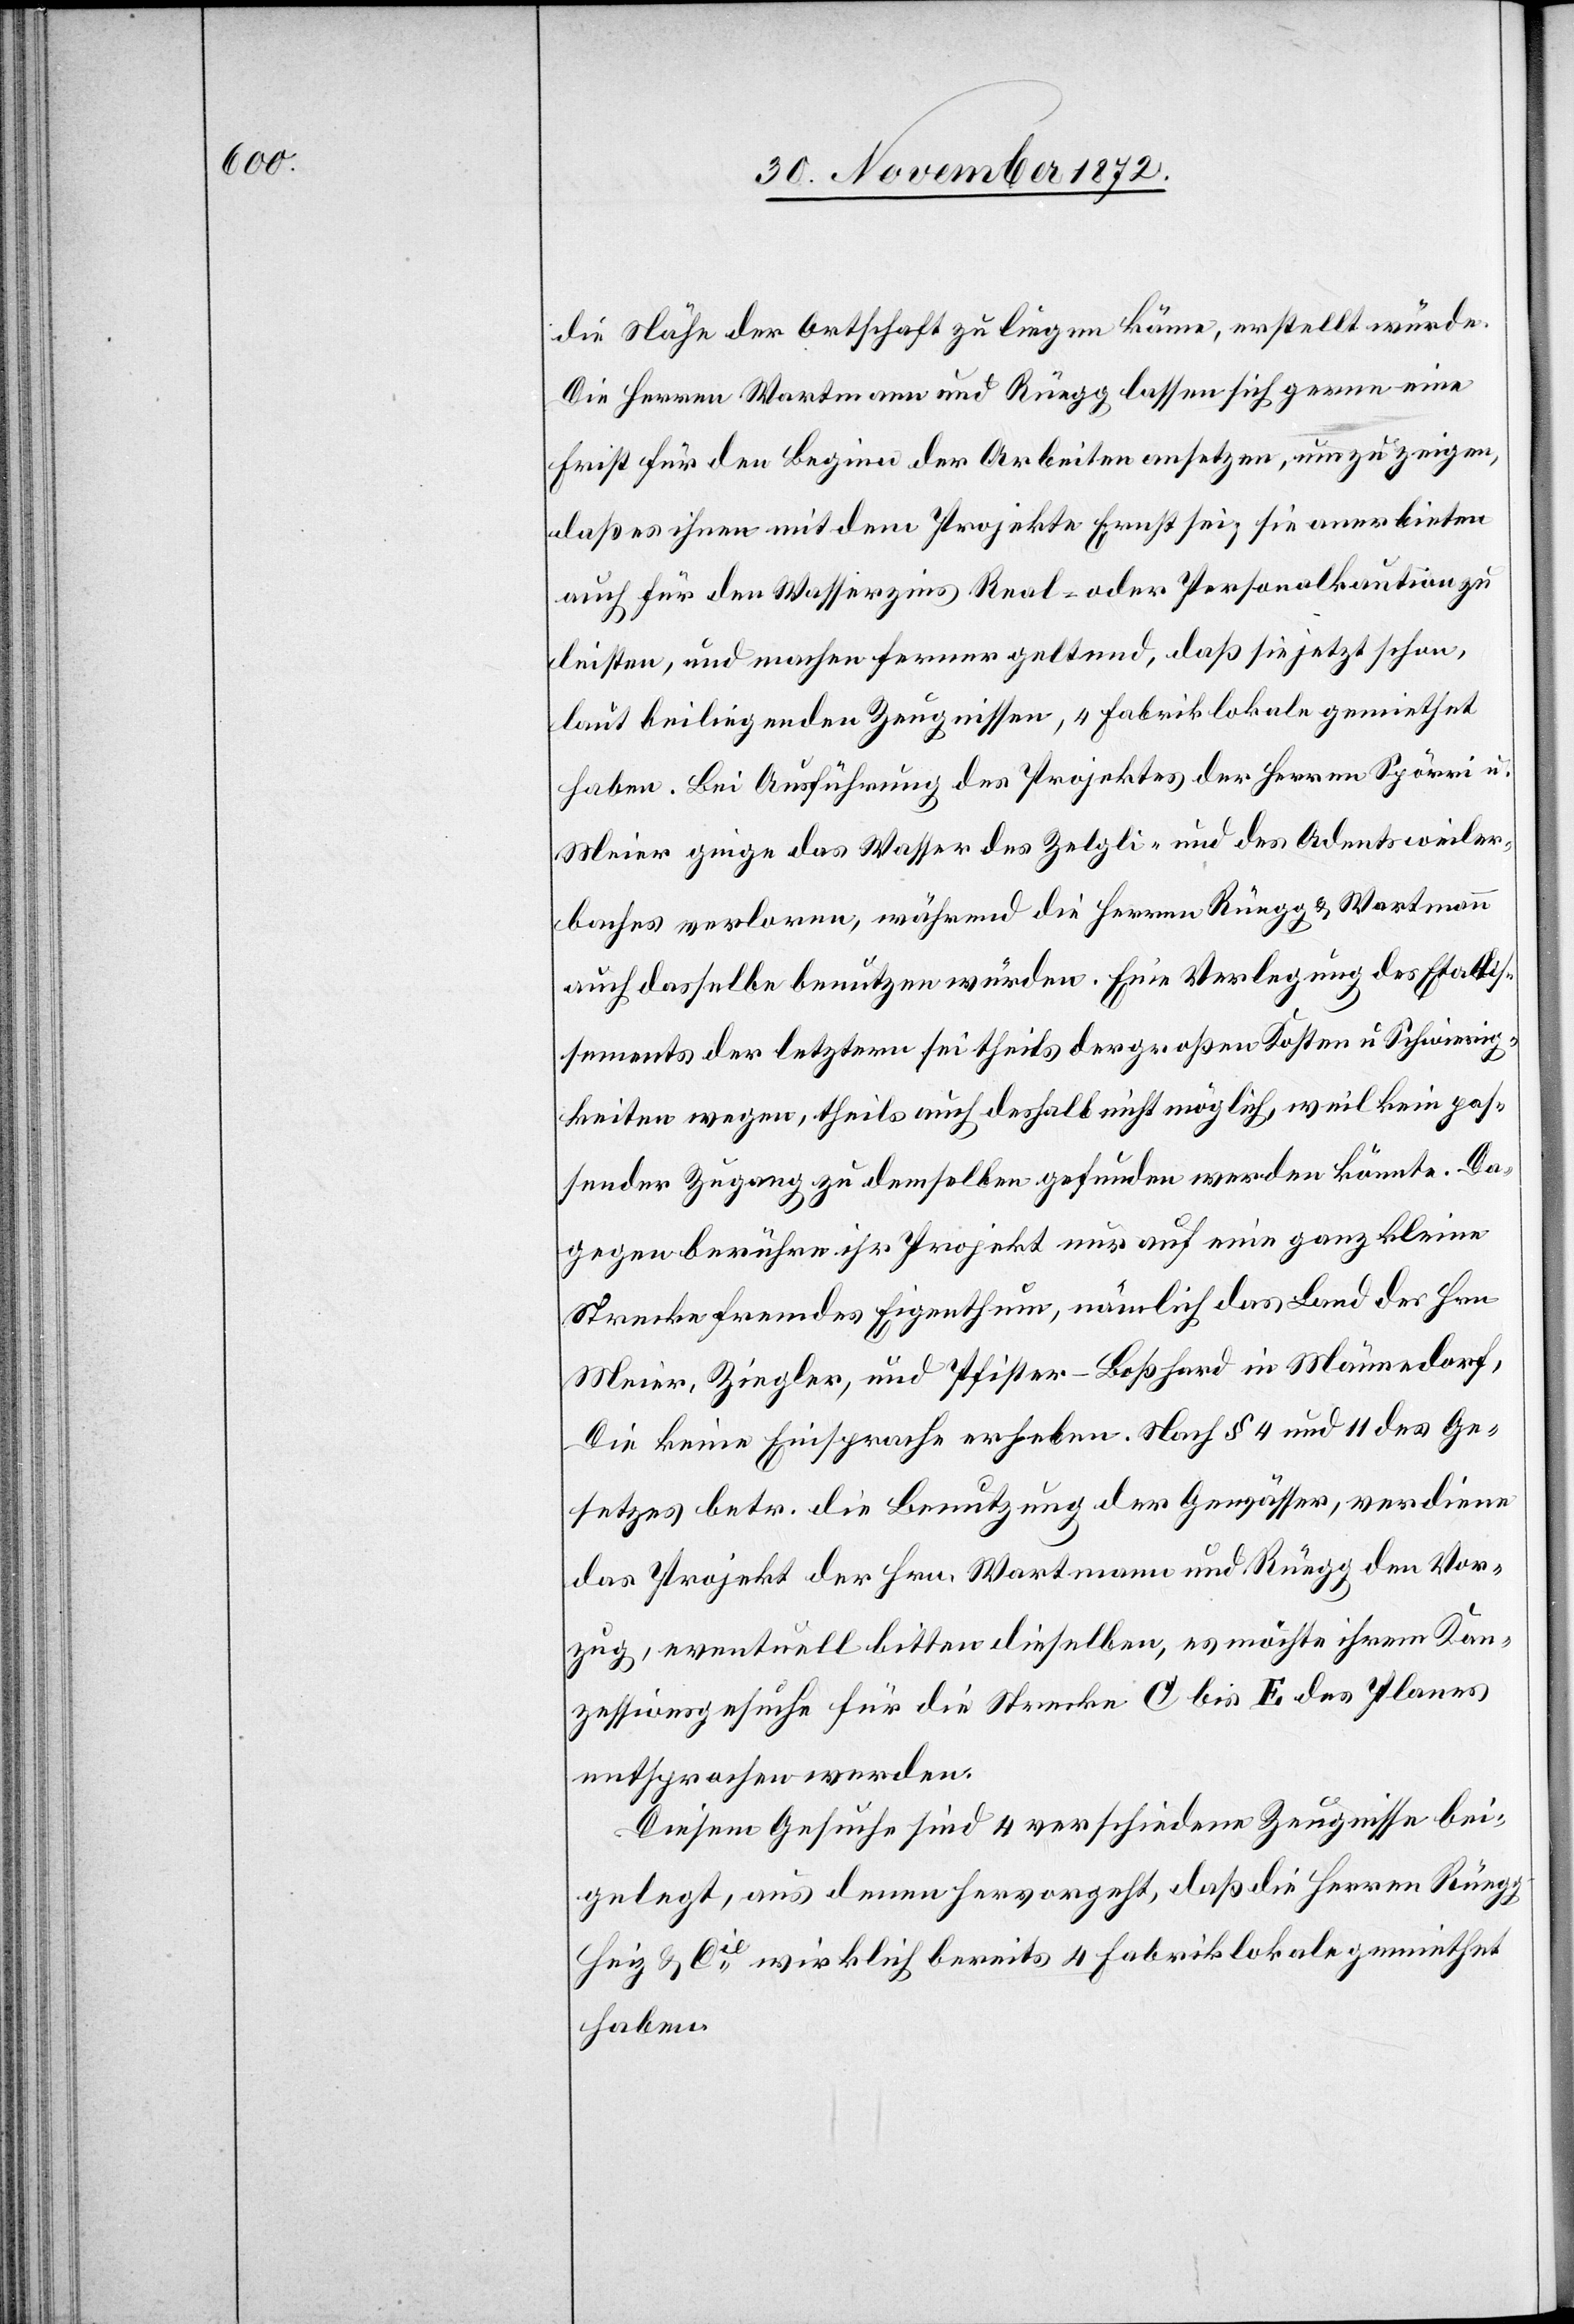
die Nähe der Ortschaft zu liegen käme, erstellt würde.
Die Herren Wartmann und Rüegg lassen sich gerne eine
Frist für den Beginn der Arbeiten ansetzen, um zu zeigen,
daß es ihnen mit dem Projekte Ernst sei; sie anerbieten
auch für den Wasserzins Real- oder Personalkaution zu
leisten, und machen ferner geltend, daß sie jetzt schon,
laut beiliegenden Zeugnissen, 4 Fabriklokale gemiethet
haben. Bei Ausführung des Projektes der Herren Spörri u.
Meier ginge das Wasser des Zelgli- und des Adentsweiler¬
baches verloren, während die Herren Rüegg u. Wartmann
auch dasselbe benutzen würden. Eine Verlegung des Etablis¬
sements der letztern sei theils der großen Kosten u. Schwierig¬
keiten wegen, theils auch deshalb möglich, weil kein pas¬
sender Zugang zu demselben gefunden werden könnte. Da¬
gegen berühre ihr Projekt nur auf eine ganz kleine
Strecke fremdes Eigenthum, nämlich das Land des Hrn
Meier, Ziegler, und Pfister-Boßhard in Männedorf,
die keine Einsprache erheben. Nach § 4 und 11 des Ge¬
setzes betr. die Benutzung der Gewässer, verdiene
das Projekt der Hrn. Wartmann und Rüegg den Vor¬
zug, eventuell bitten dieselben, es möchte ihrem Kon¬
zessionsgesuche für die Strecke C bis E des Planes
entsprochen werden.
Diesem Gesuche sind 4 verschiedene Zeugnisse bei¬
gelegt, aus denen hervorgeht, daß die Herren Rüeg¬
g-Heiz u. Cie wirklich bereits 4 Fabriklokale gemiethet
haben.